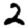
Digit: 2